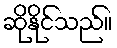
ဆိုနိုင်သည်။